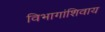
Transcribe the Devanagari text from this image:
विभागांशिवाय